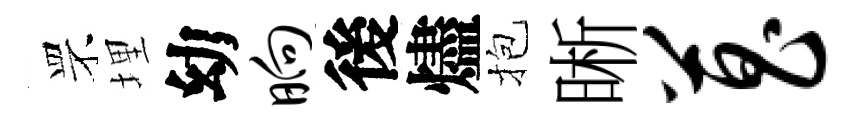
罘埋幼晌後燼抱晰菖